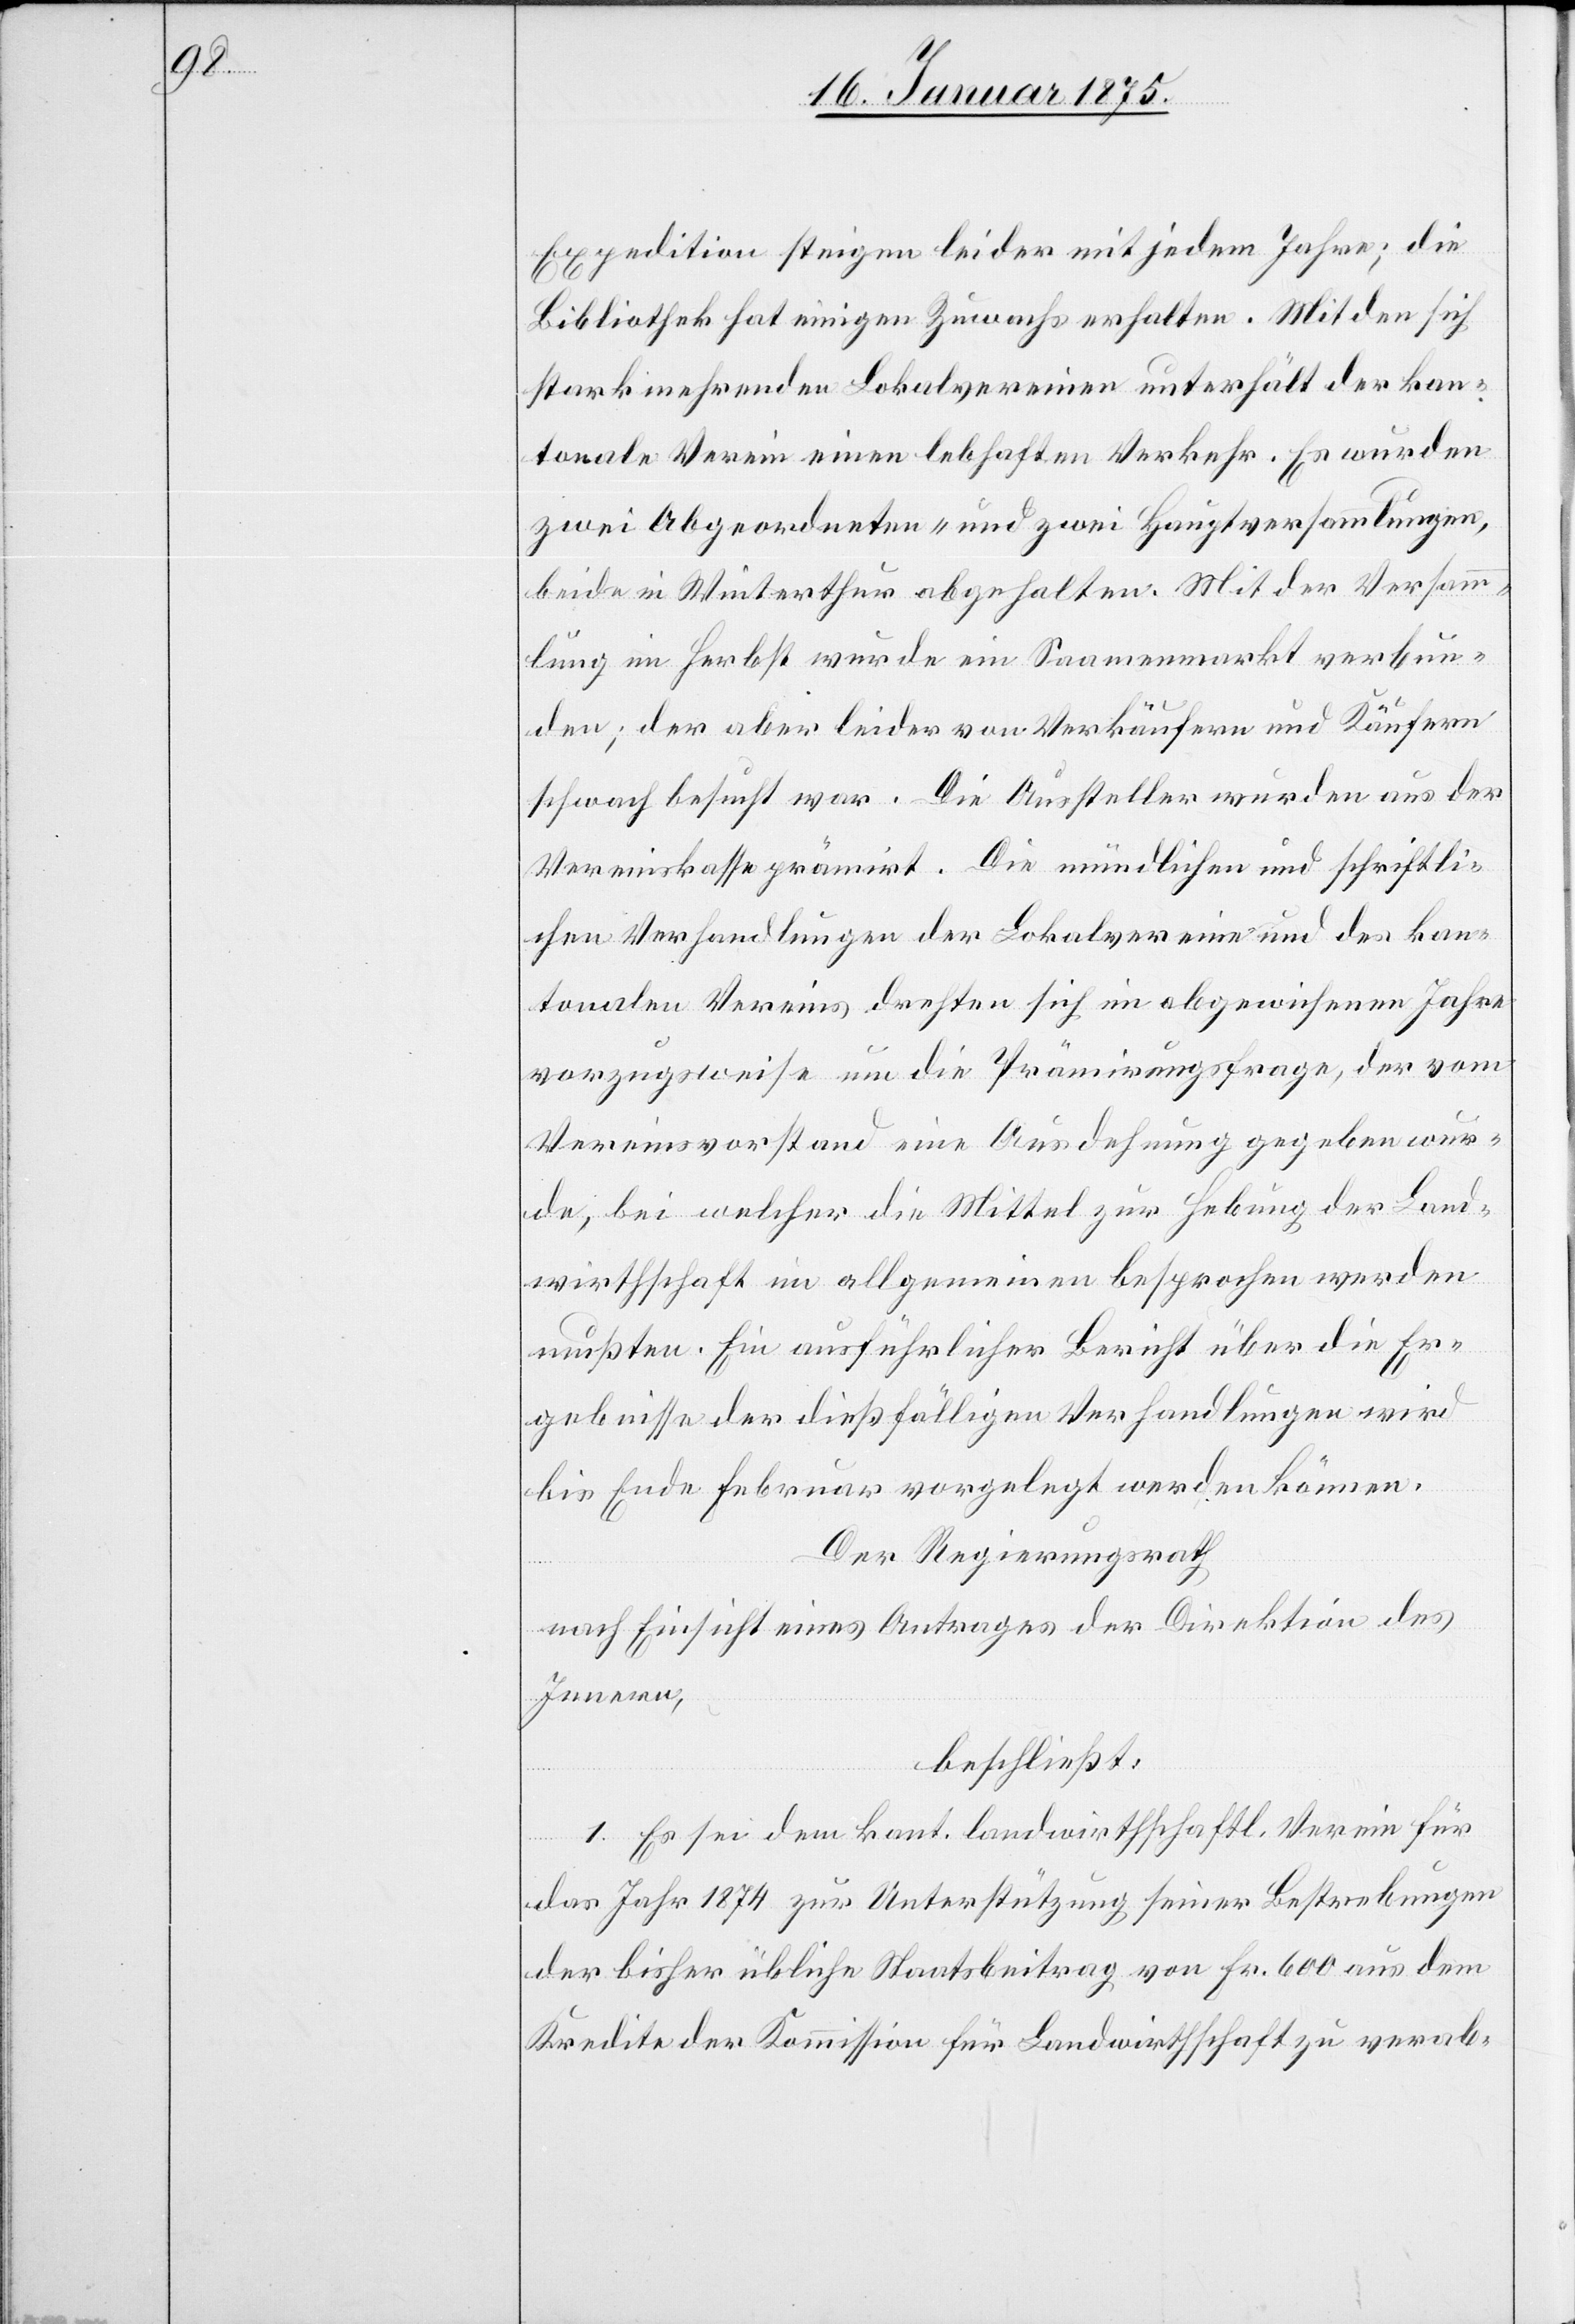
Expedition steigen leider mit jedem Jahre; die
Bibliothek hat einigen Zuwachs erhalten. Mit den sich
stark mehrenden Lokalvereinen unterhält der kan¬
tonale Verein einen lebhaften Verkehr. Es wurden
zwei Abgeordneten- und zwei Hauptversammlungen,
beide in Winterthur abgehalten. Mit der Versamm¬
lung im Herbst wurde ein Saamenmarkt verbun¬
den; der aber leider von Verkäufern und Käufern
schwach besucht war. Die Aussteller wurden aus der
Vereinskasse prämirt. Die mündlichen und schriftli¬
chen Verhandlungen der Lokalvereine und des kan¬
tonalen Vereins drehten sich im abgewichenen Jahre
vorzugsweise um die Prämirungsfrage, der vom
Vereinsvorstand eine Ausdehnung gegeben wur¬
de, bei welcher die Mittel zur Hebung der Land¬
wirthschaft im allgemeinen besprochen werden
mußten. Ein ausführlicher Bericht über die Er¬
gebnisse der dießfälligen Verhandlungen wird
bis Ende Februar vorgelegt werden können.
Der Regierungsrath
nach Einsicht eines Antrages der Direktion des
Innern,
beschließt:
1. Es sei dem kant. landwirthschaftl. Verein für
das Jahr 1874 zur Unterstützung seiner Bestrebungen
der bisher übliche Staatsbeitrag von Fr. 600 aus dem
Kredite der Kommission für Landwirthschaft zu verab-